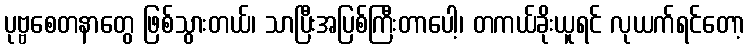
ပုဗ္ဗစေတနာတွေ ဖြစ်သွားတယ်၊ သာပြီးအပြစ်ကြီးတာပေါ့၊ တကယ်ခိုးယူရင် လုယက်ရင်တော့